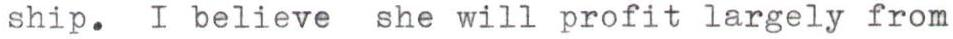
ship. I believe she will profit largely from